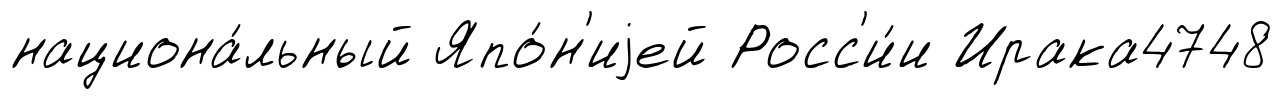
национа́льный Япо́н'иjей Росс'и́и Ирака4748